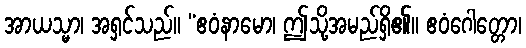
အာယသ္မာ၊ အရှင်သည်။ “ဧဝံနာမော၊ ဤသို့အမည်ရှိ၏။ ဧဝံဂေါတ္တော၊